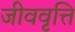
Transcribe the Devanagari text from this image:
जीववृत्ति